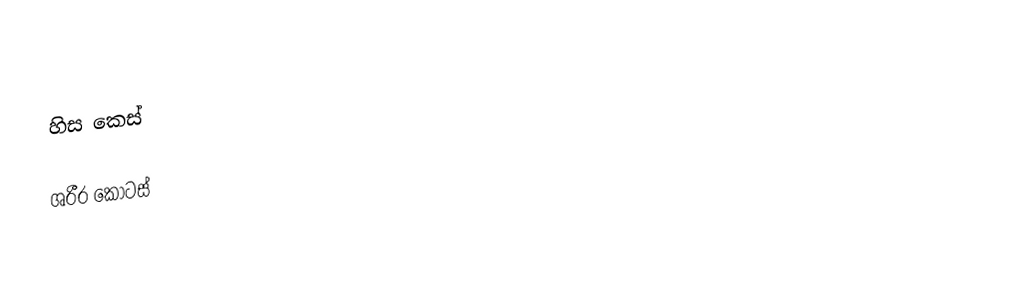
හිස කෙස්

ශරීර කොටස්